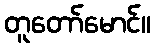
တူတော်မောင်။